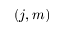
( j , m )